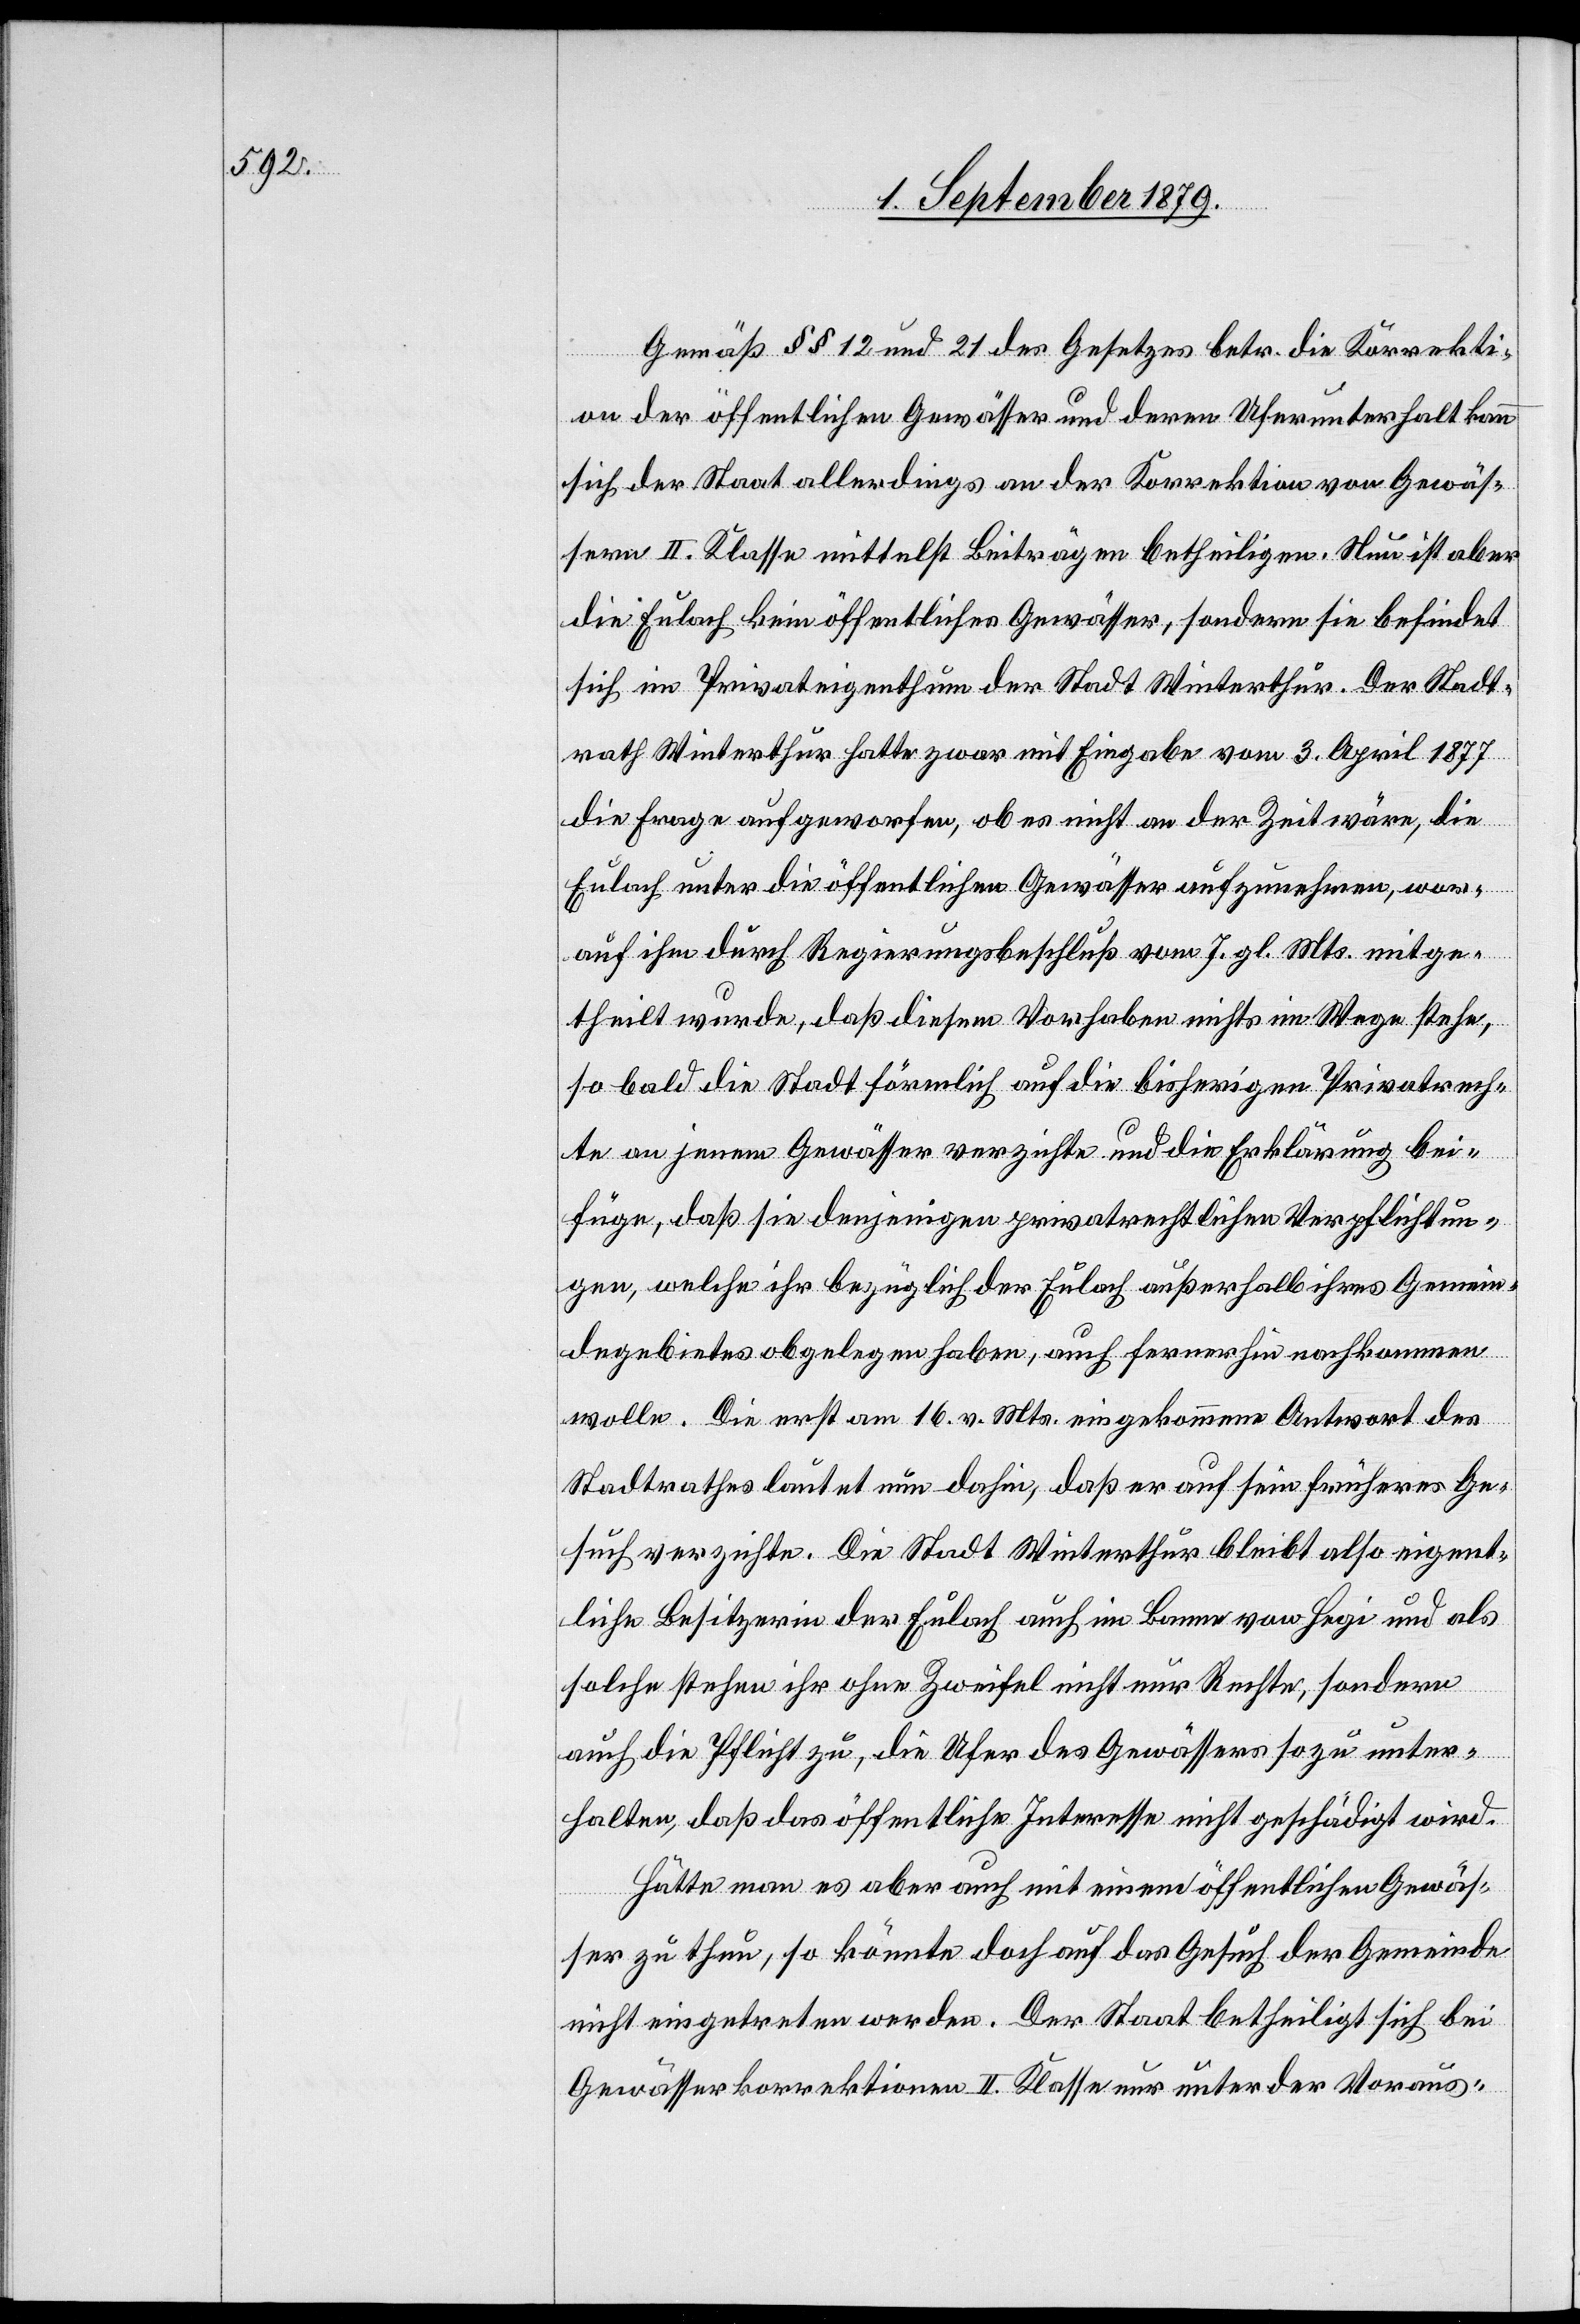
Gemäß §§ 12 und 21 des Gesetzes betr. die Korrekti¬
on der öffentlichen Gewässer und deren Uferunterhalt kann
sich der Staat allerdings an der Korrektion von Gewäs¬
sern II. Klasse mittelst Beiträgen betheiligen. Nun ist aber
die Eulach kein öffentliches Gewässer, sondern sie befindet
sich im Privateigenthum der Stadt Winterthur. Der Stadt¬
rath Winterthur hatte zwar mit Eingabe vom 3. April 1877
die Frage aufgeworfen, ob es nicht an der Zeit wäre, die
Eulach unter die öffentlichen Gewässer aufzunehmen, wor¬
auf ihm durch Regierungsbeschluß vom 7. gl. Mts. mitge¬
theilt wurde, daß diesem Vorhaben nichts im Wege stehe,
so bald die Stadt förmlich auf die bisherigen Privatrech¬
te an jenem Gewässer verzichte und die Erklärung bei¬
füge, daß sie denjenigen privatrechtlichen Verpflichtun¬
gen, welche ihr bezüglich der Eulach außerhalb ihres Gemein¬
degebietes obgelegen haben, auch fernerhin nachkommen
wolle. Die erst am 16. v. Mts. eingekommene Antwort des
Stadtrathes lautet nun dahin, daß er auf sein früheres Ge¬
such verzichte. Die Stadt Winterthur bleibt also eigent¬
liche Besitzerin der Eulach auch im Banne von Hegi und als
solche stehen ihr ohne Zweifel nicht nur Rechte, sondern
auch die Pflicht zu, die Ufer des Gewässers so zu unter¬
halten, daß das öffentliche Interesse nicht geschädigt wird.
Hätte man es aber auch mit einem öffentlichen Gewäs¬
ser zu thun, so könnte doch auf das Gesuch der Gemeinde
nicht eingetreten werden. Der Staat betheiligt sich bei
Gewässerkorrektionen II. Klasse nur unter der Voraus-